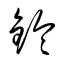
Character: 鈴